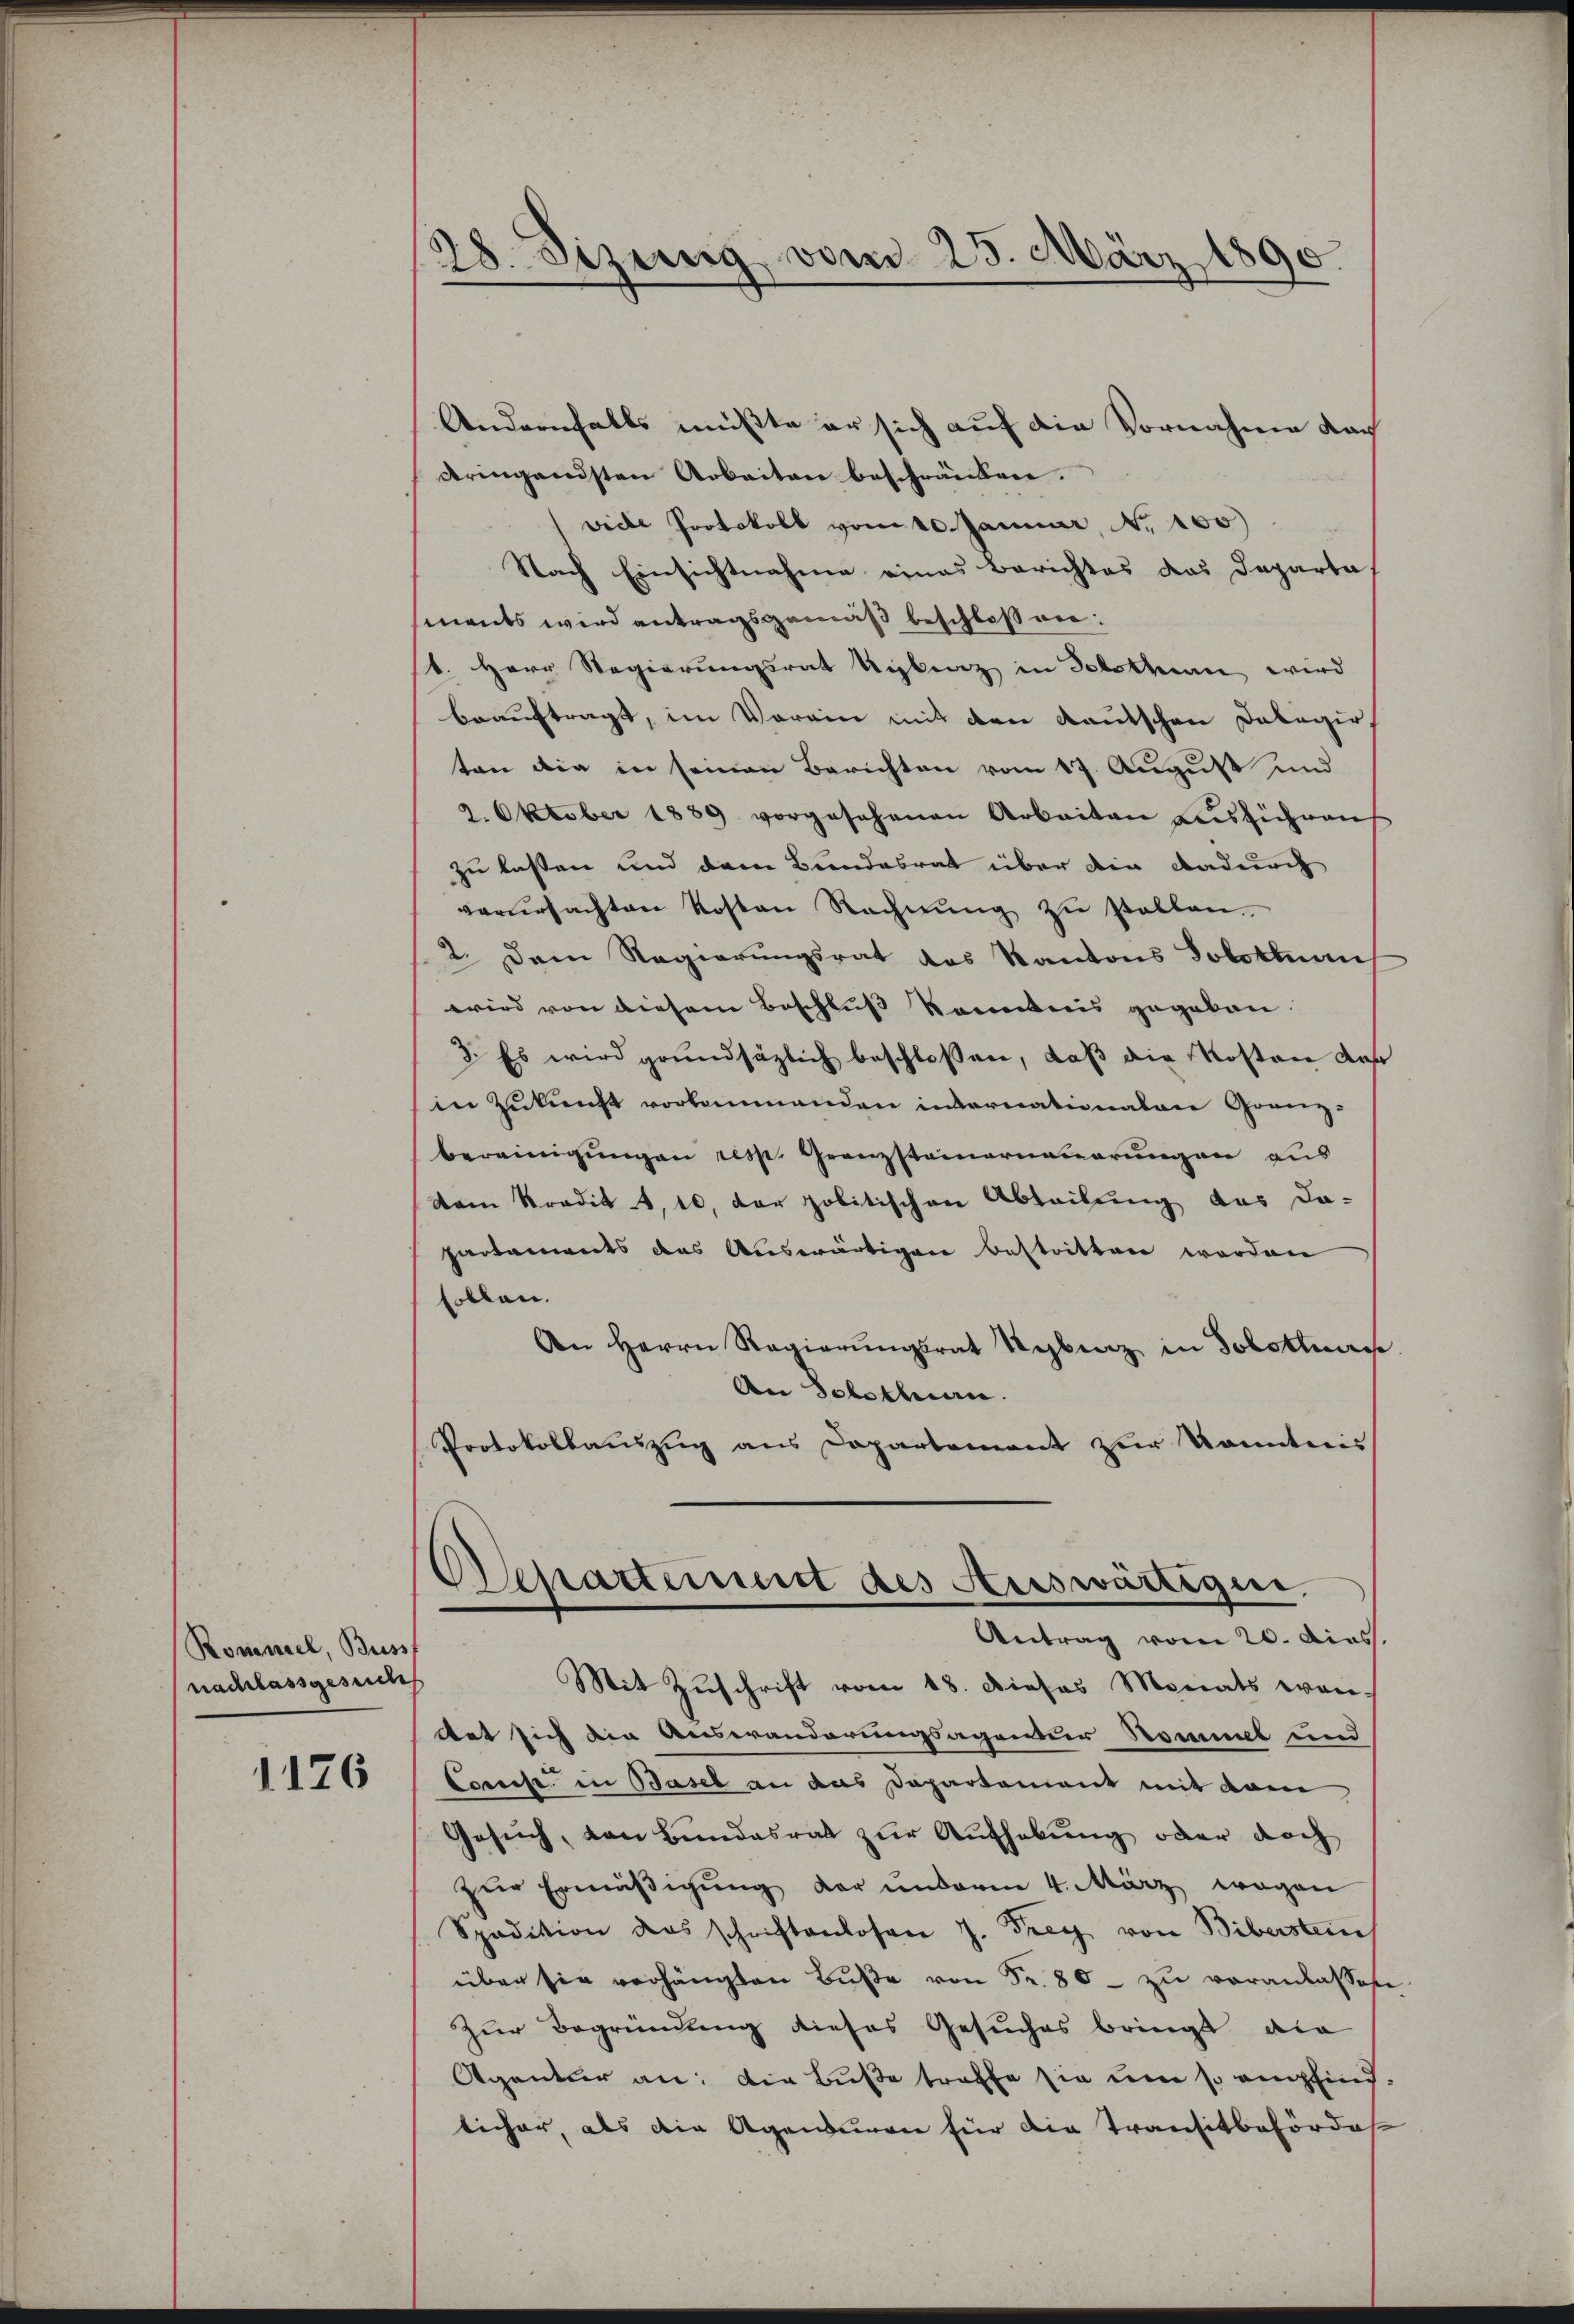
Ronessel, Buss
nachlassgesuche

1126

28. Sizung vom 23. März 1890.

Andernfalls müßte er sich auf die Vornahme dach
dringendsten Arbeiten beschränken.
viele Protokoll vom 10. Januar, No. 100)
Nach Einsichtnahme eines Berichtes das Departa
ments wird antragsgemäß beschlossen:
V. Herr Regierungsrat Sibenz in Solothurn wird
beauftragt, im Vorein mit den Kautschen Dalagir,
ten die in seinen Berichten vom 17. August und
2. Oktober 1889 vorgesehenen Arbeiten ausführen
zu lassen und dem Bundesrat über die dadurch
verŭrsachten Kosten Rechnŭng zŭ stellen.
2. Dem Regierungsrat des Kantons Solothur
wird von diesem Beschluß kanntnis gegeben.
3. Es wird grundsätzlich beschloßen, daß die Kosten des
in Zukunft vorkommenden internationalare Granz-
bereinigŭngen resp. Grenzsteinerneuerungen aus
dem Kredit 1, 10, der politischen Abteilung des Da-
partaments das Auswärtigen bestritten worden
sollen.
An Herrn Regierŭngsrat Ryburg in Solothurn.
An Solothurn.
Protokollauszug aus Departement zur Kenntnis
Departement des Auswärtigen.
Antrag vom 20. dies
Mit Zuschrift vom 18. dieses Monats wen
det sich die Auswanderungsagentur Rommel und
Coreise in Basel an das Departement mit dem
Gesuch, von Bundesrat zur Aufhebung oder doch
zur Ermäßigung der anderen 4. März wegen
Spadition das schriftenlosen J. Frey von Biberstein
über sie verhängten Bŭβe von Fr. 80 - zu veranlassen
Zur Begründung dieses Gesuches bringt die
Agentur an: Die Buße traffe sie um so empfindlicher, als die Ageneren für die Transitbehörde